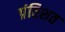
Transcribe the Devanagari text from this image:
प्रंतिशत